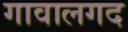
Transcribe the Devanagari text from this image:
गावालगद